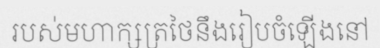
របស់មហាក្សត្រថៃនឹងរៀបចំឡើងនៅ